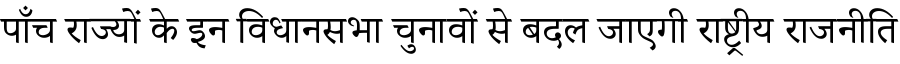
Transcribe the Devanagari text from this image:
पाँच राज्यों के इन विधानसभा चुनावों से बदल जाएगी राष्ट्रीय राजनीति